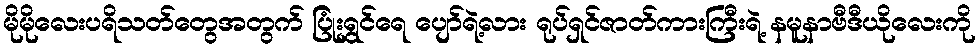
မိုမိုလေးပရိသတ်တွေအတွက် ပြုံးရွှင်ရေ ပျော်ရဲ့လား ရုပ်ရှင်ဇာတ်ကားကြီးရဲ့ နမူနာဗီဒီယိုလေးကို